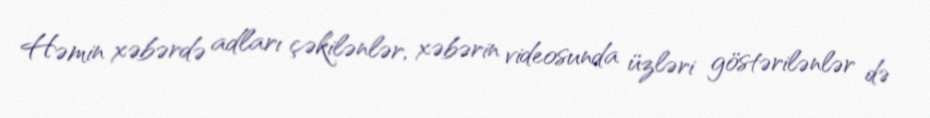
Həmin xəbərdə adları çəkilənlər, xəbərin videosunda üzləri göstərilənlər də